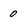
Character: 0